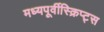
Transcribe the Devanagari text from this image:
मध्यपूर्वीस्क्रिप्ट्स